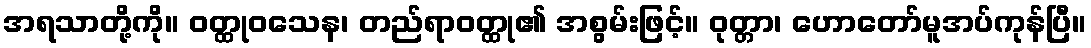
အရသာတို့ကို။ ဝတ္ထုဝသေန၊ တည်ရာဝတ္ထု၏ အစွမ်းဖြင့်။ ဝုတ္တာ၊ ဟောတော်မူအပ်ကုန်ပြီ။